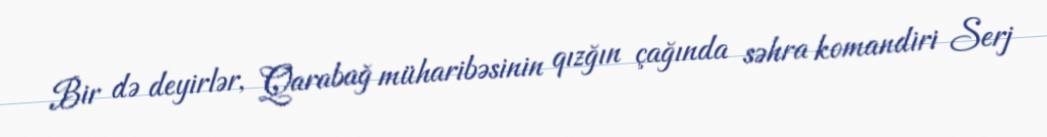
Bir də deyirlər, Qarabağ müharibəsinin qızğın çağında səhra komandiri Serj